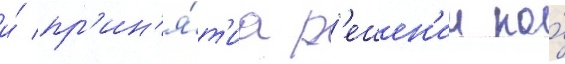
и́ пр'ин'я́т'иа р'ешен'ии по́